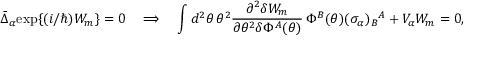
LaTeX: \bar { \Delta } _ { \alpha } \mathrm { e x p } \{ ( i / \hbar ) W _ { m } \} = 0 \quad \Longrightarrow \quad \int d ^ { 2 } \theta \, \theta ^ { 2 } \frac { \partial ^ { 2 } \delta W _ { m } } { \partial \theta ^ { 2 } \delta \Phi ^ { A } ( \theta ) } \, \Phi ^ { B } ( \theta ) ( \sigma _ { \alpha } ) _ { B } ^ { ~ ~ \! A } + V _ { \alpha } W _ { m } = 0 ,